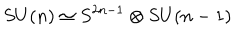
S U ( n ) \simeq S ^ { 2 n - 1 } \otimes S U ( n - 1 )